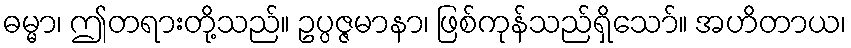
ဓမ္မာ၊ ဤတရားတို့သည်။ ဥပ္ပဇ္ဇမာနာ၊ ဖြစ်ကုန်သည်ရှိသော်။ အဟိတာယ၊